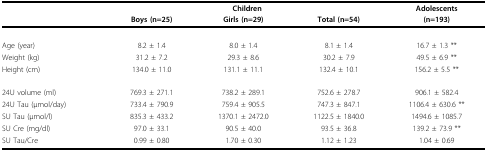
|  | <COLSPAN=3> Children | Adolescents |
 |  | Boys (n=25) | Girls (n=29) | Total (n=54) | (n=193) |
 | --- | --- | --- | --- | --- |
 | Age (year) | 8.2 ± 1.4 | 8.0 ± 1.4 | 8.1 ± 1.4 | 16.7 ± 1.3 ** |
 | Weight (kg) | 31.2 ± 7.2 | 29.3 ± 8.6 | 30.2 ± 7.9 | 49.5 ± 6.9 ** |
 | Height (cm) | 134.0 ± 11.0 | 131.1 ± 11.1 | 132.4 ± 10.1 | 156.2 ± 5.5 ** |
 | 24U volume (ml) | 769.3 ± 271.1 | 738.2 ± 289.1 | 752.6 ± 278.7 | 906.1 ± 582.4 |
 | 24U Tau (μmol/day) | 733.4 ± 790.9 | 759.4 ± 905.5 | 747.3 ± 847.1 | 1106.4 ± 630.6 ** |
 | SU Tau (μmol/l) | 835.3 ± 433.2 | 1370.1 ± 2472.0 | 1122.5 ± 1840.0 | 1494.6 ± 1085.7 |
 | SU Cre (mg/dl) | 97.0 ± 33.1 | 90.5 ± 40.0 | 93.5 ± 36.8 | 139.2 ± 73.9 ** |
 | SU Tau/Cre | 0.99 ± 0.80 | 1.70 ± 0.30 | 1.12 ± 1.23 | 1.04 ± 0.69 |